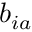
b _ { i a } ^ { \phantom { \dagger } }